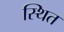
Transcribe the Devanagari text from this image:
स्थित